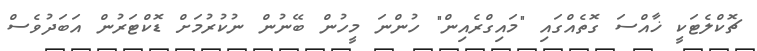
ޗޮކްލެޓަކީ ޚާއްސަ ގޮތެއްގައި "މައިގްރެއިން" ހުންނަ މީހުން ބޭނުން ނުކުރުމަށް ޑޮކްޓަރުން އަބަދުވެސް